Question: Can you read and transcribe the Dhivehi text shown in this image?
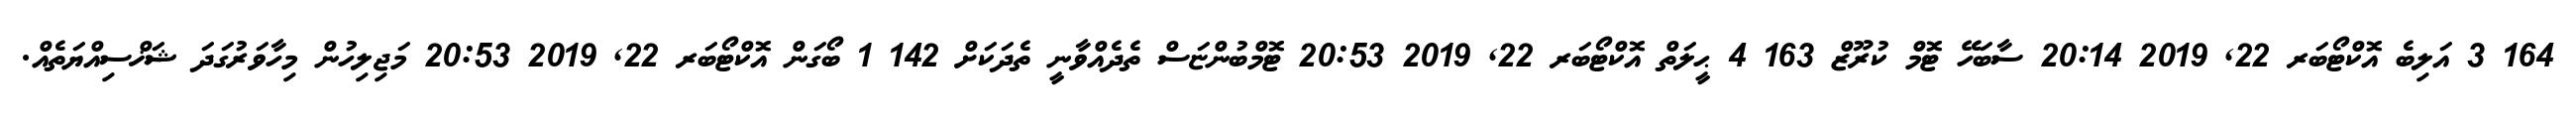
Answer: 164 3 އަލިބެ އޮކްޓޯބަރ 22, 2019 20:14 ސާބަހޭ ޓޮމް ކުރޫޒް 163 4 ޙީލަތް އޮކްޓޯބަރ 22, 2019 20:53 ޓޮމްބުންޏަސް ތެދެއްވާނީ ތެދަކަށް 142 1 ބޯގަން އޮކްޓޯބަރ 22, 2019 20:53 މަޖިލިހުން މިހާވަރުގަދަ ޝަޚްސިއްޔަތެއް.